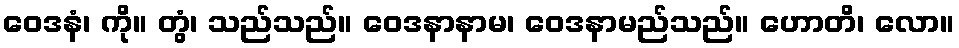
ဝေဒနံ၊ ကို။ တွံ၊ သည်သည်။ ဝေဒနာနာမ၊ ဝေဒနာမည်သည်။ ဟောတိ၊ လော။